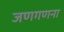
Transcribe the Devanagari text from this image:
जणगणना